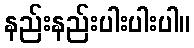
နည်းနည်းပါးပါးပါ။